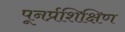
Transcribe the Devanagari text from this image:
पूनर्प्रशिक्षिण